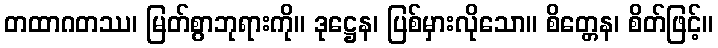
တထာဂတဿ၊ မြတ်စွာဘုရားကို။ ဒုဋ္ဌေန၊ ပြစ်မှားလိုသော။ စိတ္တေန၊ စိတ်ဖြင့်။